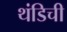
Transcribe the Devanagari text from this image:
थंडिची